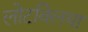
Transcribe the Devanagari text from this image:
लोटविलया